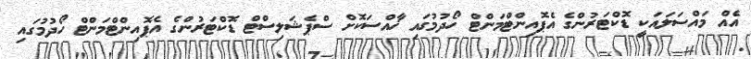
އެއް މައްސަލައަކީ ޑޮކްޓަރުންގެ އެޕޮއިންޓްމަންޓް ހޯދުމުގައި ޚާއްސަކޮށް ސްޕެޝަލިސްޓް ޑޮކްޓަރުންގެ އެޕޮއިންޓްމަންޓް ހޯދުމުގައި